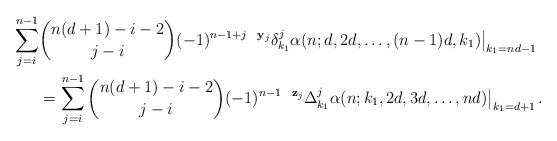
LaTeX: \begin{align*}\sum_{j=i}^{n-1} & \binom{n(d+1)-i-2}{j-i} (-1)^{n-1+j} \,\, \left. {^{\mathbf{y}_{j}} \delta^{j}_{k_1}} \alpha(n;d,2d,\ldots,(n-1) d, k_1) \right|_{k_1=n d -1} \\&= \sum_{j=i}^{n-1} \binom{n(d+1)-i-2}{j-i} (-1)^{n-1} \,\, \left. {^{\mathbf{z}_{j}} \Delta^{j}_{k_1}} \alpha(n;k_1,2d,3d,\ldots,n d) \right|_{k_1=d+1}.\end{align*}